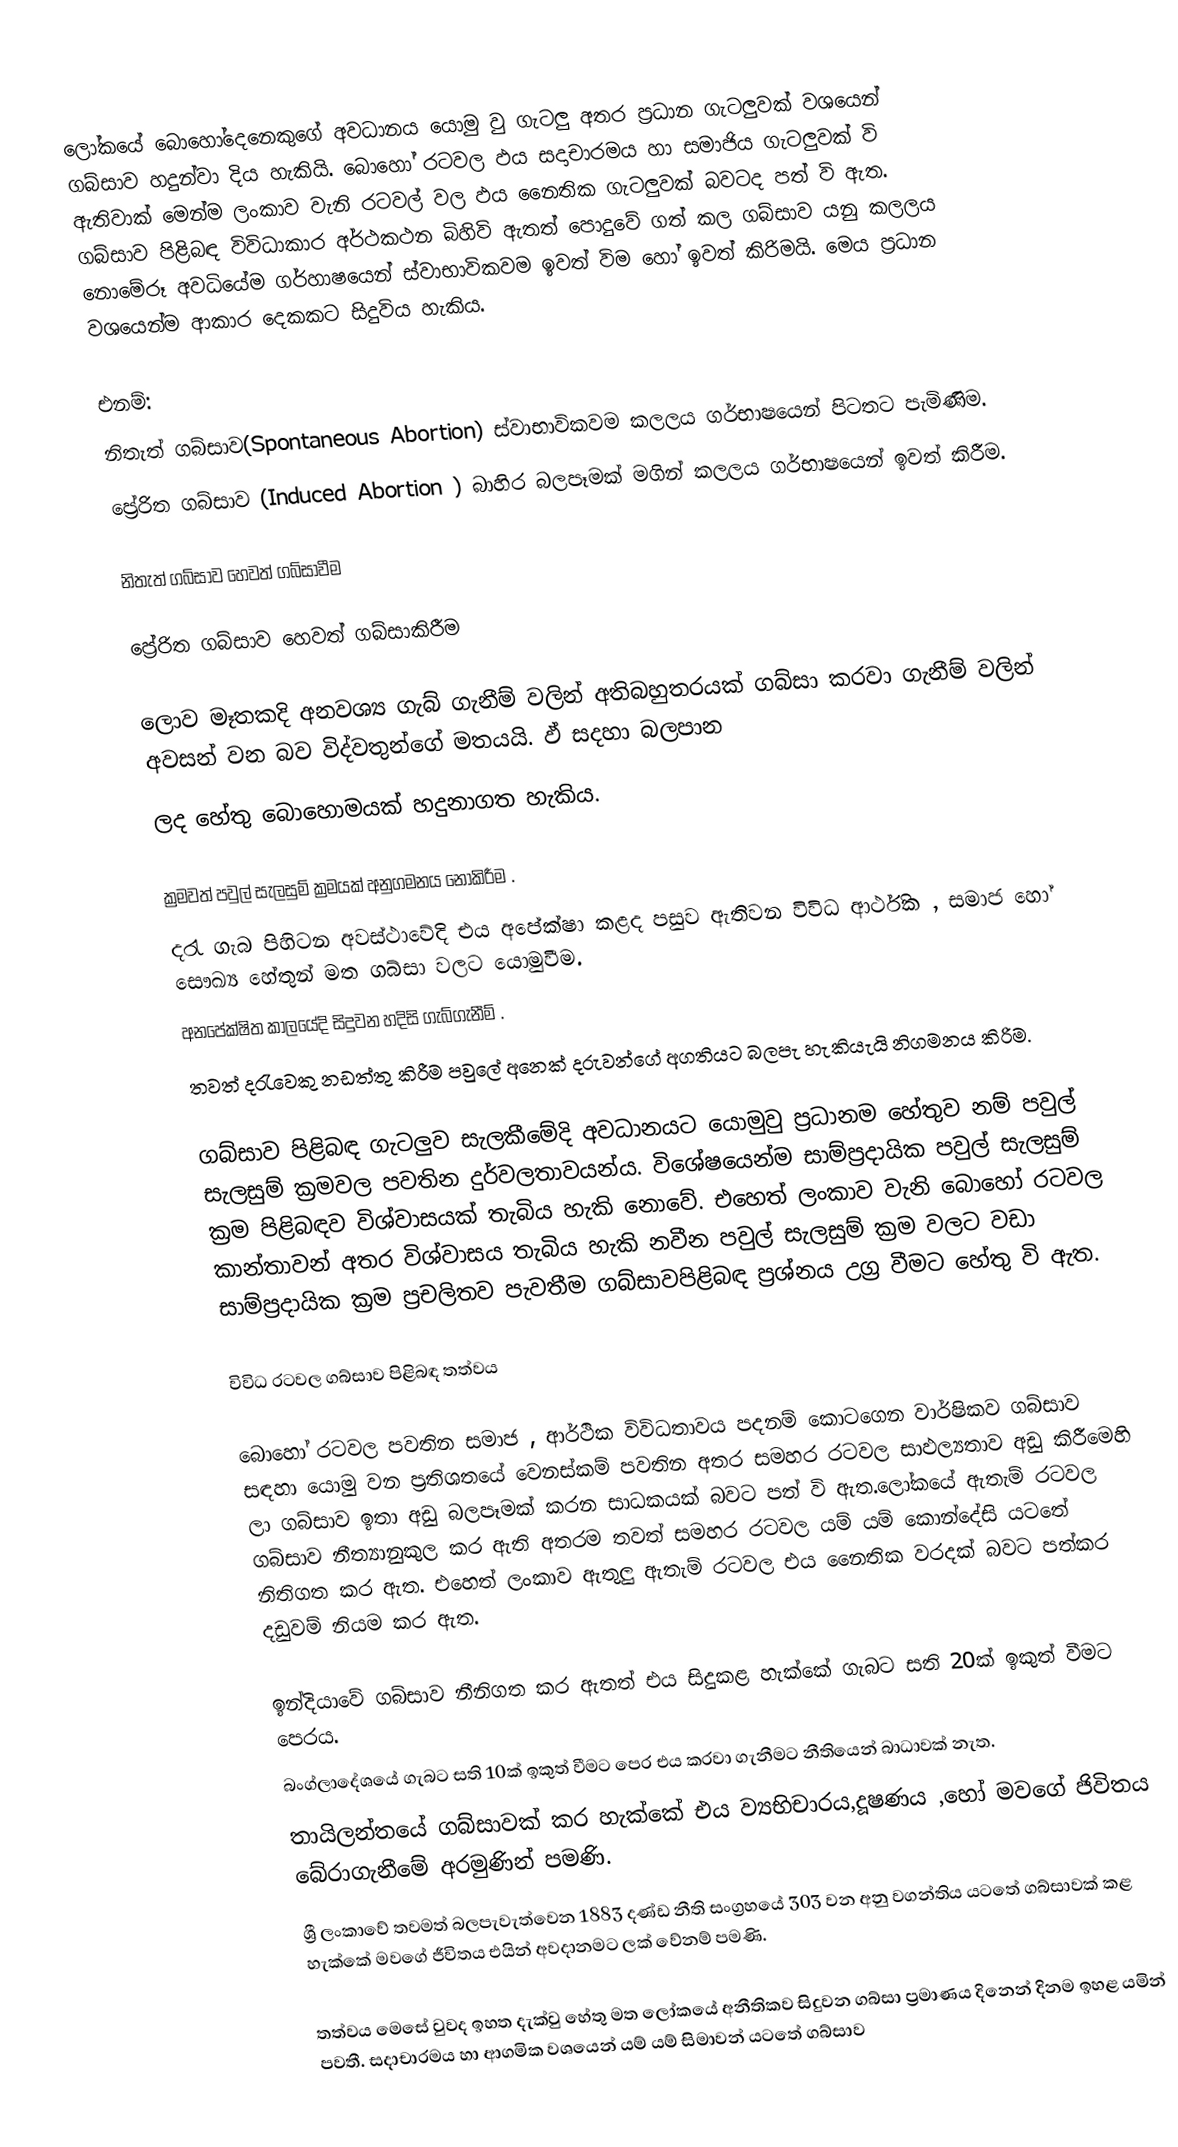
ලෝකයේ බොහෝදෙනෙකුගේ  අවධානය යොමු වු ගැටලු අතර ප්‍රධාන ගැටලුවක් වශයෙන් ගබ්සාව හදුන්වා දිය හැකියි. බොහෝ රටවල ඵය සදාචාරමය හා සමාජිය ගැටලුවක් වි ඇතිවාක් මෙන්ම ලංකාව වැනි රටවල් වල ඵය නෛතික ගැටලුවක් බවටද පත් වි ඇත. ගබ්සාව පිළිබඳ විවිධාකාර අර්ථකථන බිහිවි ඇතත් පොදුවේ ගත් කල ගබ්සාව ‍යනු කලලය නොමේරූ අවධියේම ගර්හාෂයෙන් ස්වාභාවිකවම ඉවත් විම හෝ ඉවත් කිරිමයි. මෙය ප්‍රධාන වශයෙන්ම ආකාර දෙකකට සිදුවිය හැකිය.

එනම්:
 නිතැත් ගබ්සාව(Spontaneous Abortion) ස්වාභාවිකවම කලලය ගර්භාෂයෙන් පිටතට පැමිණිම.
 ප්‍රේරිත ගබ්සාව (Induced Abortion ) බාහිර බලපෑමක් මගින් කලලය ගර්භාෂයෙන් ඉවත් කිරීම.

නිතැත් ගබ්සාව හෙවත් ගබ්සාවීම

ප්‍රේරිත ගබ්සාව හෙවත් ගබ්සාකිරීම

ලොව මෑතකදි අනවශ්‍ය ගැබ් ගැනීම් වලින් අතිබහුතරයක් ගබ්සා කරවා ගැනීම් වලින් අවසන් වන බව විද්වතුන්ගේ මතයයි. ඵ් සදහා බලපාන
ලද හේතු බොහොමයක් හදුනාගත හැකිය.

 ක්‍රමවත් පවුල් සැලසුම් ක්‍රමයක් අනුගමනය නොකිරීම .
 දරැ ගැබ පිහිටන අවස්ථාවේදි එය අපේක්ෂා කළද පසුව ඇතිවන විවිධ ආර්ථික , සමාජ හෝ ‍සෞඛ්‍ය හේතුන් මත ගබ්සා වලට යොමුවීම.
 අනපේක්ෂිත කාලයේදි සිදුවන හදිසි ගැබ්ගැනීම් .
 තවත් දරැවෙකු නඩත්තු කිරීම පවුලේ අනෙක් දරුවන්ගේ අගතියට බලපැ හැකියැයි නිගමනය කිරිම.

ගබ්සාව පිළිබඳ ගැටලුව සැලකීමේදි අවධානයට යොමුවු ප්‍රධානම හේතුව නම් පවුල් සැලසුම් ක්‍රමවල පවතින දුර්වලතාවයන්ය. විශේෂයෙන්ම සාම්ප්‍රදායික පවුල් සැලසුම් ක්‍රම පිළිබඳව විශ්වාසයක් තැබිය හැකි නොවේ. එහෙත් ලංකාව වැනි බොහෝ රටවල කාන්තාවන් අතර විශ්වාසය තැබිය හැකි නවීන පවුල් සැලසුම් ක්‍රම වලට වඩා සාම්ප්‍රදායික ක්‍රම ප්‍රචලිතව පැවතීම ගබ්සාවපිළිබඳ ප්‍රශ්නය උග්‍ර වීමට හේතු වි ඇත.

විවිධ රටවල ගබ්සාව පිළිබඳ තත්වය

බොහෝ රටවල පවතින සමාජ , ආර්ථික විවිධතාවය පදනම් කොටගෙන වාර්ෂිකව ගබ්සාව සඳහා යොමු වන ප්‍රතිශතයේ වෙනස්කම් පවතින අතර සමහර රටවල සාඵල්‍යතාව අඩු කිරීමෙහි ලා ගබ්සාව ඉතා අඩු බලපෑමක් කරන සාධකයක් බවට පත් වි ඇත.ලෝකයේ ඇතැම් රටවල ගබ්සාව නීත්‍යානුකුල කර ඇති අතරම තවත් සමහර රටවල යම් යම් කොන්දේසි යටතේ නිතිගත කර ඇත. එහෙත් ලංකාව ඇතුලු ඇතැම් රටවල එය නෛතික වරදක් බවට පත්කර දඩුවම් නියම කර ඇත.

 ඉන්දියාවේ ගබ්සාව නීනිගත කර ඇතත් එය සිදුකළ හැක්කේ ගැබට සති 20ක් ඉකුත් වීමට පෙරය.
 බංග්ලාදේශයේ ගැබට සති 10ක් ඉකුත් වීමට පෙර එය කරවා ගැනීමට නීතියෙන් බාධාවක් නැත.
 තායිලන්තයේ ගබ්සාවක් කර හැක්කේ එය ව්‍යභිචාරය,දූෂණය ,හෝ මවගේ ජිවිතය බේරාගැනීමේ අරමුණින් පමණි.
 ශ්‍රී ලංකාවේ තවමත් බලපැවැත්වෙන 1883 දණ්ඩ නීති සංග්‍රහයේ 303 වන අනු වගන්තිය යටතේ ගබ්සාවක් කළ හැක්කේ මවගේ ජීවිතය එයින් අවදානමට ලක් වේනම් පමණි.

තත්වය මෙසේ වුවද ඉහත දැක්වු හේතු මත ලෝකයේ අනීතිකව සිදුවන ගබ්සා ප්‍රමාණය දිනෙන් දිනම ඉහළ යමින් පවතී. සදාචාරමය හා ආගමික වශයෙන් යම් යම් සිමාවන් යටතේ ගබ්සාව